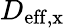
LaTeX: D_{\mathrm{eff,x}}